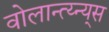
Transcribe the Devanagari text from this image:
वोलान्त्य्न्य्स